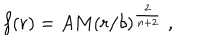
LaTeX: f ( r ) = A M ( r / \delta ) ^ { \frac { 2 } { n + 2 } } \; ,